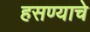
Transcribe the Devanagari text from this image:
हसण्याचे